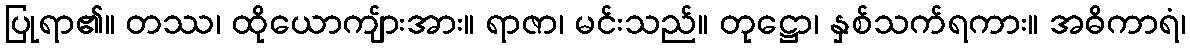
ပြုရာ၏။ တဿ၊ ထိုယောကျ်ားအား။ ရာဇာ၊ မင်းသည်။ တုဋ္ဌော၊ နှစ်သက်ရကား။ အဓိကာရံ၊